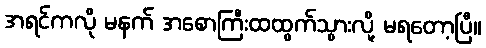
အရင်ကလို မနက် အစောကြီးထထွက်သွားလို့ မရတော့ပြီ။